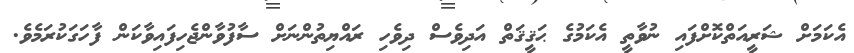
އެކަމަށް ޝަރީއަތްކޮށްފައި ނުވާތީ އެކަމުގެ ޙަޤީޤަތް އަދިވެސް ދިވެހި ރައްޔިތުންނަށް ސާފުވާންޖެހިފައިވާކަން ފާހަގަކުރަމެވެ.